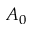
A _ { 0 }